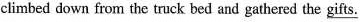
climbed down from the truck bed and gathered the \underline{gifts}.